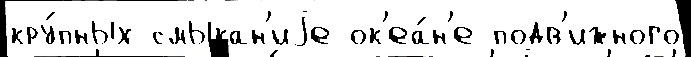
кру́пных смыкан'иjе ок'еа́н'е подв'ижного